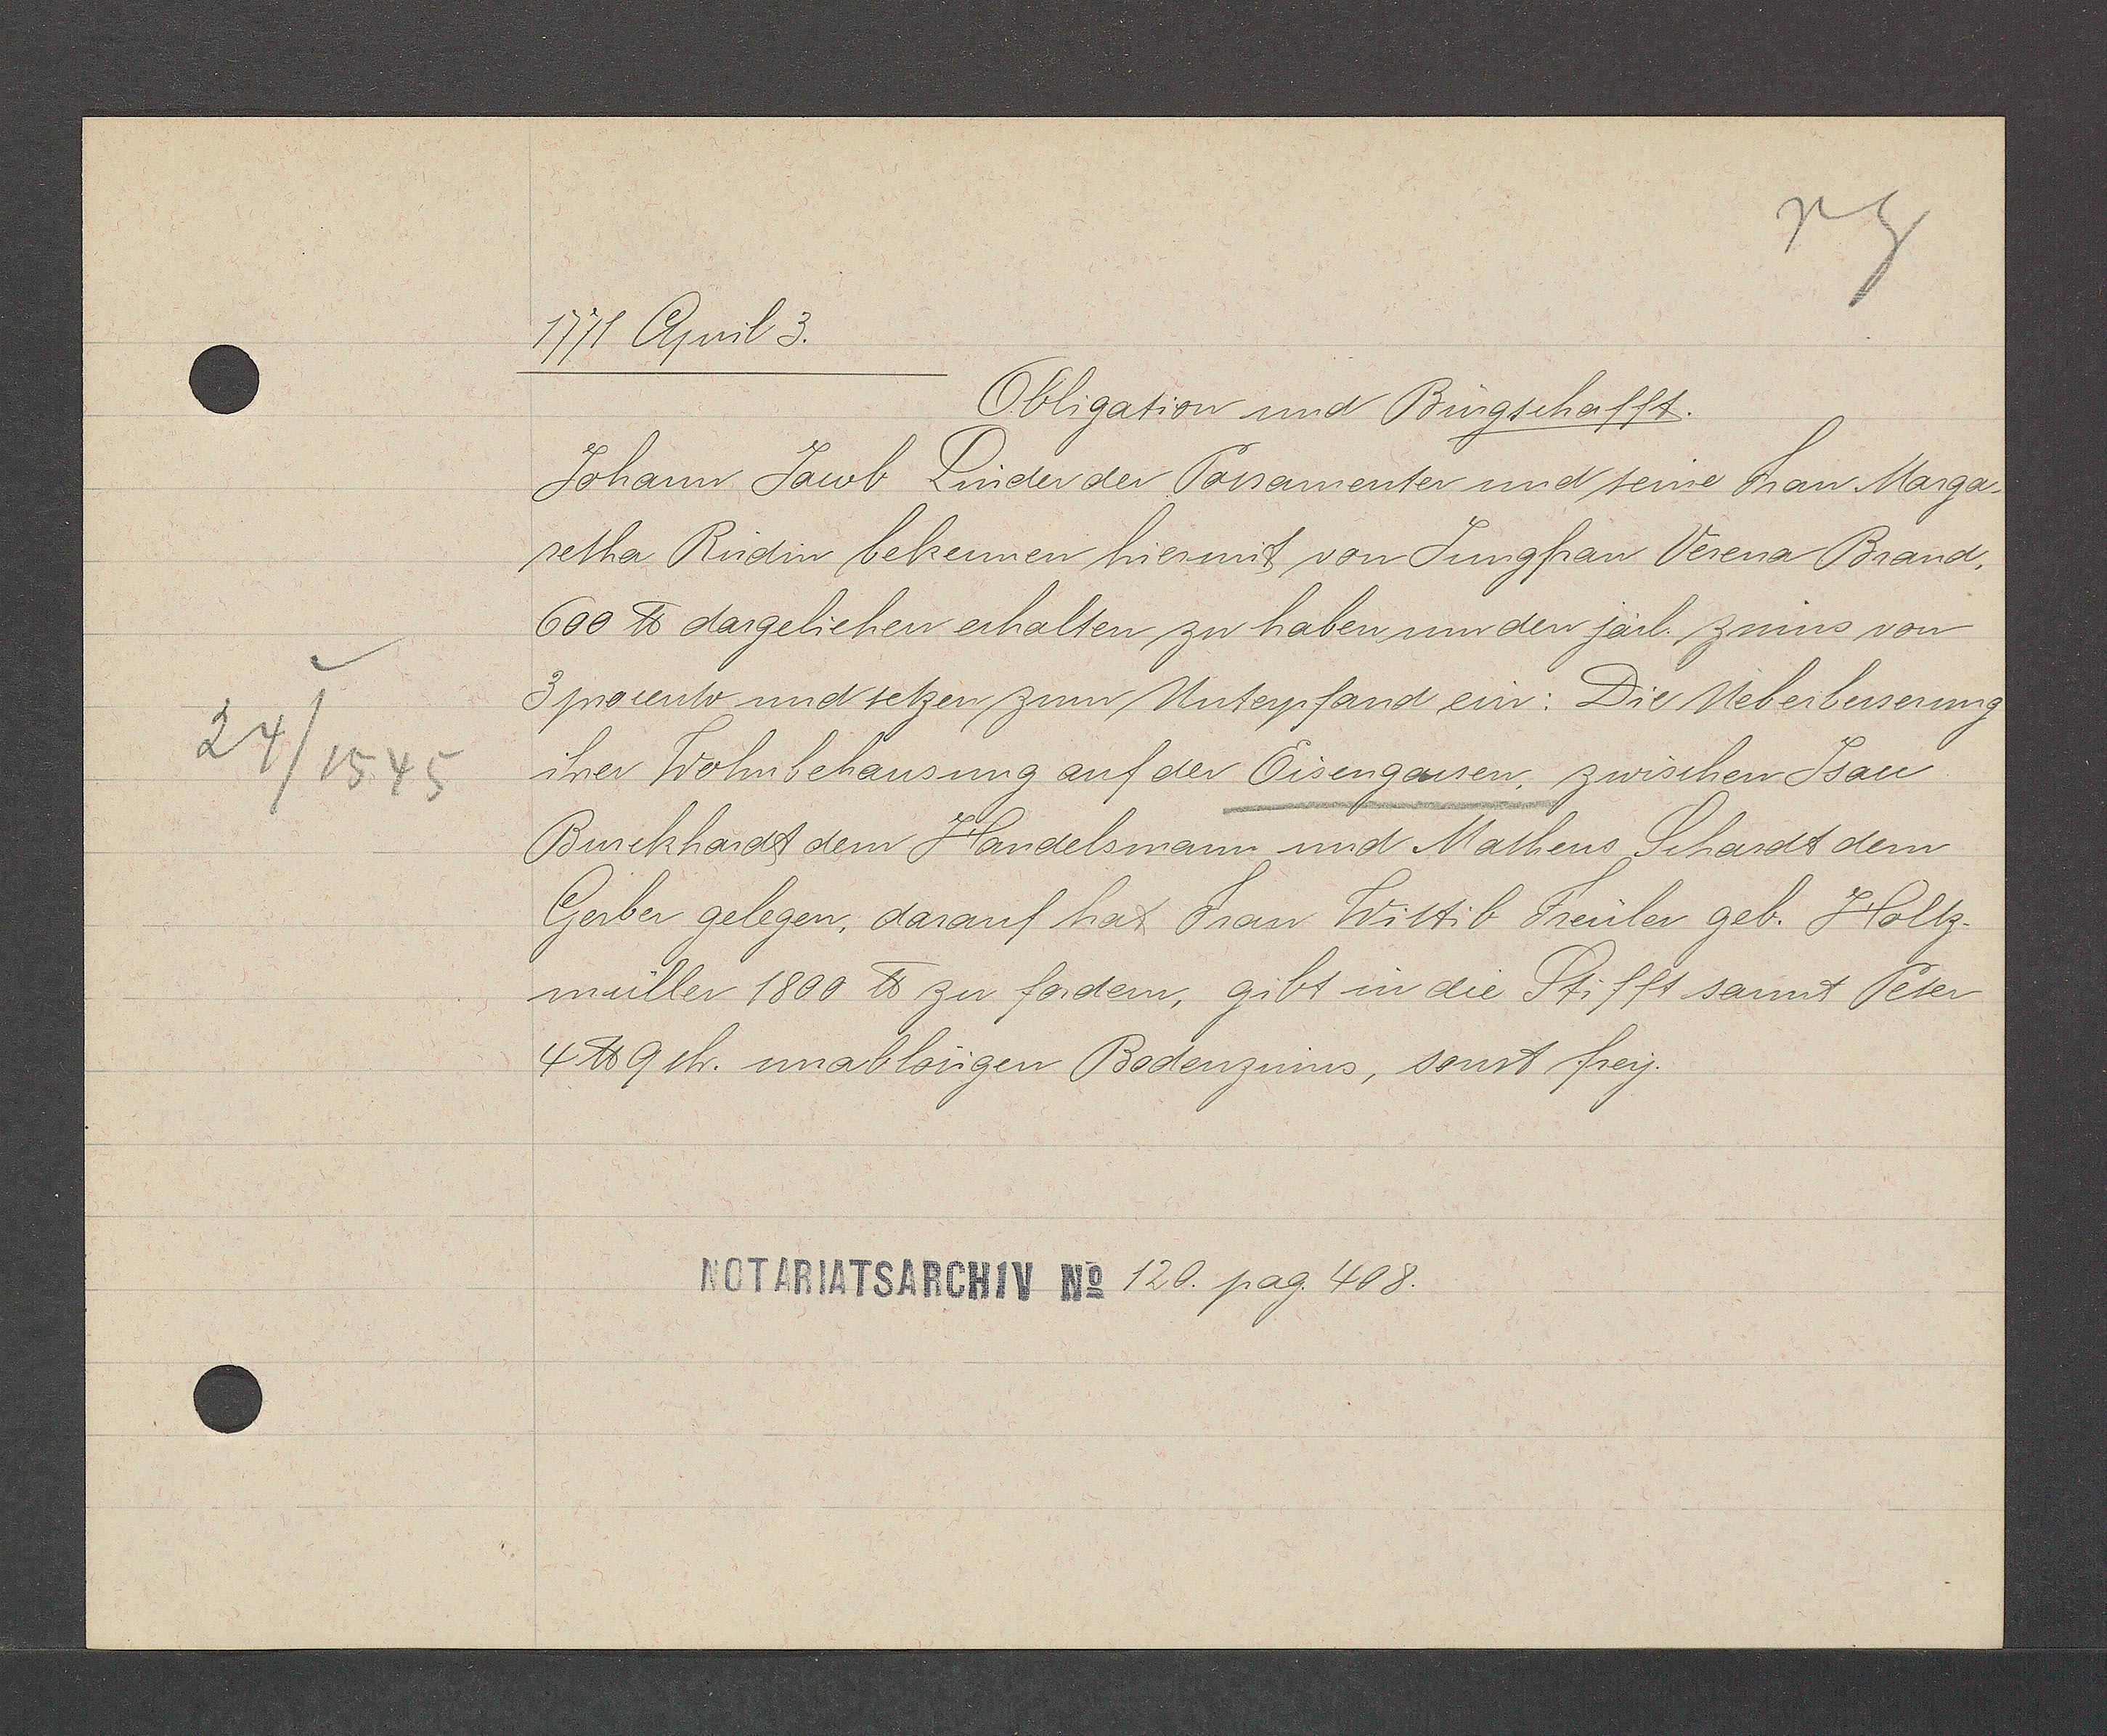
Transcript:
24/1545

1771 April 3.
Obligation und Burgschafft.
Johann Jacob Linder der Porsamenter und seine Frau Marga-.
retha Rudin bekennen hiermit von Jungfrau Verena Brand.
600 ℔ dargeliehen erhalten zu haben nur den järl. zinns von
3 procento und setzen zum Unterpfand ein: Die Ueberbesserung
ihrer Wohnbehausung auf der Eisengassen. zwischen Isau
Burckhardt dem Handelsmann und Matheus Schardt dem
Gerber gelegen darauf hat Frau Wittib Freuler geb. Holtz¬
müller 1800 ℔ zu fordern, gibt in die Stifft sannt Peter
4 ℔ 9sh. unablosigen Bodenzinns, sonst frey.
120. pag 408.